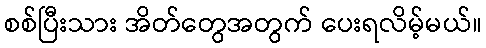
စစ်ပြီးသား အိတ်တွေအတွက် ပေးရလိမ့်မယ်။